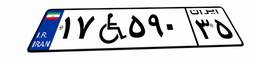
۱۷W۵۹۰۳۵